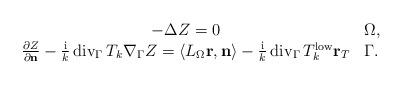
LaTeX: \begin{align*}\begin{array}[c]{cl}-\Delta Z=0 & \Omega,\\\frac{\partial Z}{\partial\mathbf{n}}-\frac{\operatorname*{i}}{k}\operatorname*{div}_{\Gamma}T_{k}\nabla_{\Gamma}Z=\left\langle L_{\Omega}\mathbf{r},\mathbf{n}\right\rangle -\frac{\operatorname*{i}}{k}\operatorname*{div}_{\Gamma}T_{k}^{\operatorname*{low}}\mathbf{r}_{T} &\Gamma.\end{array}\end{align*}